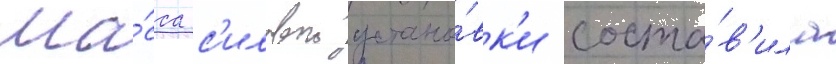
Ма́сса с'иловои устано́вк'и соста́в'ила